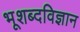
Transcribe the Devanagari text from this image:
भूशब्दविज्ञान